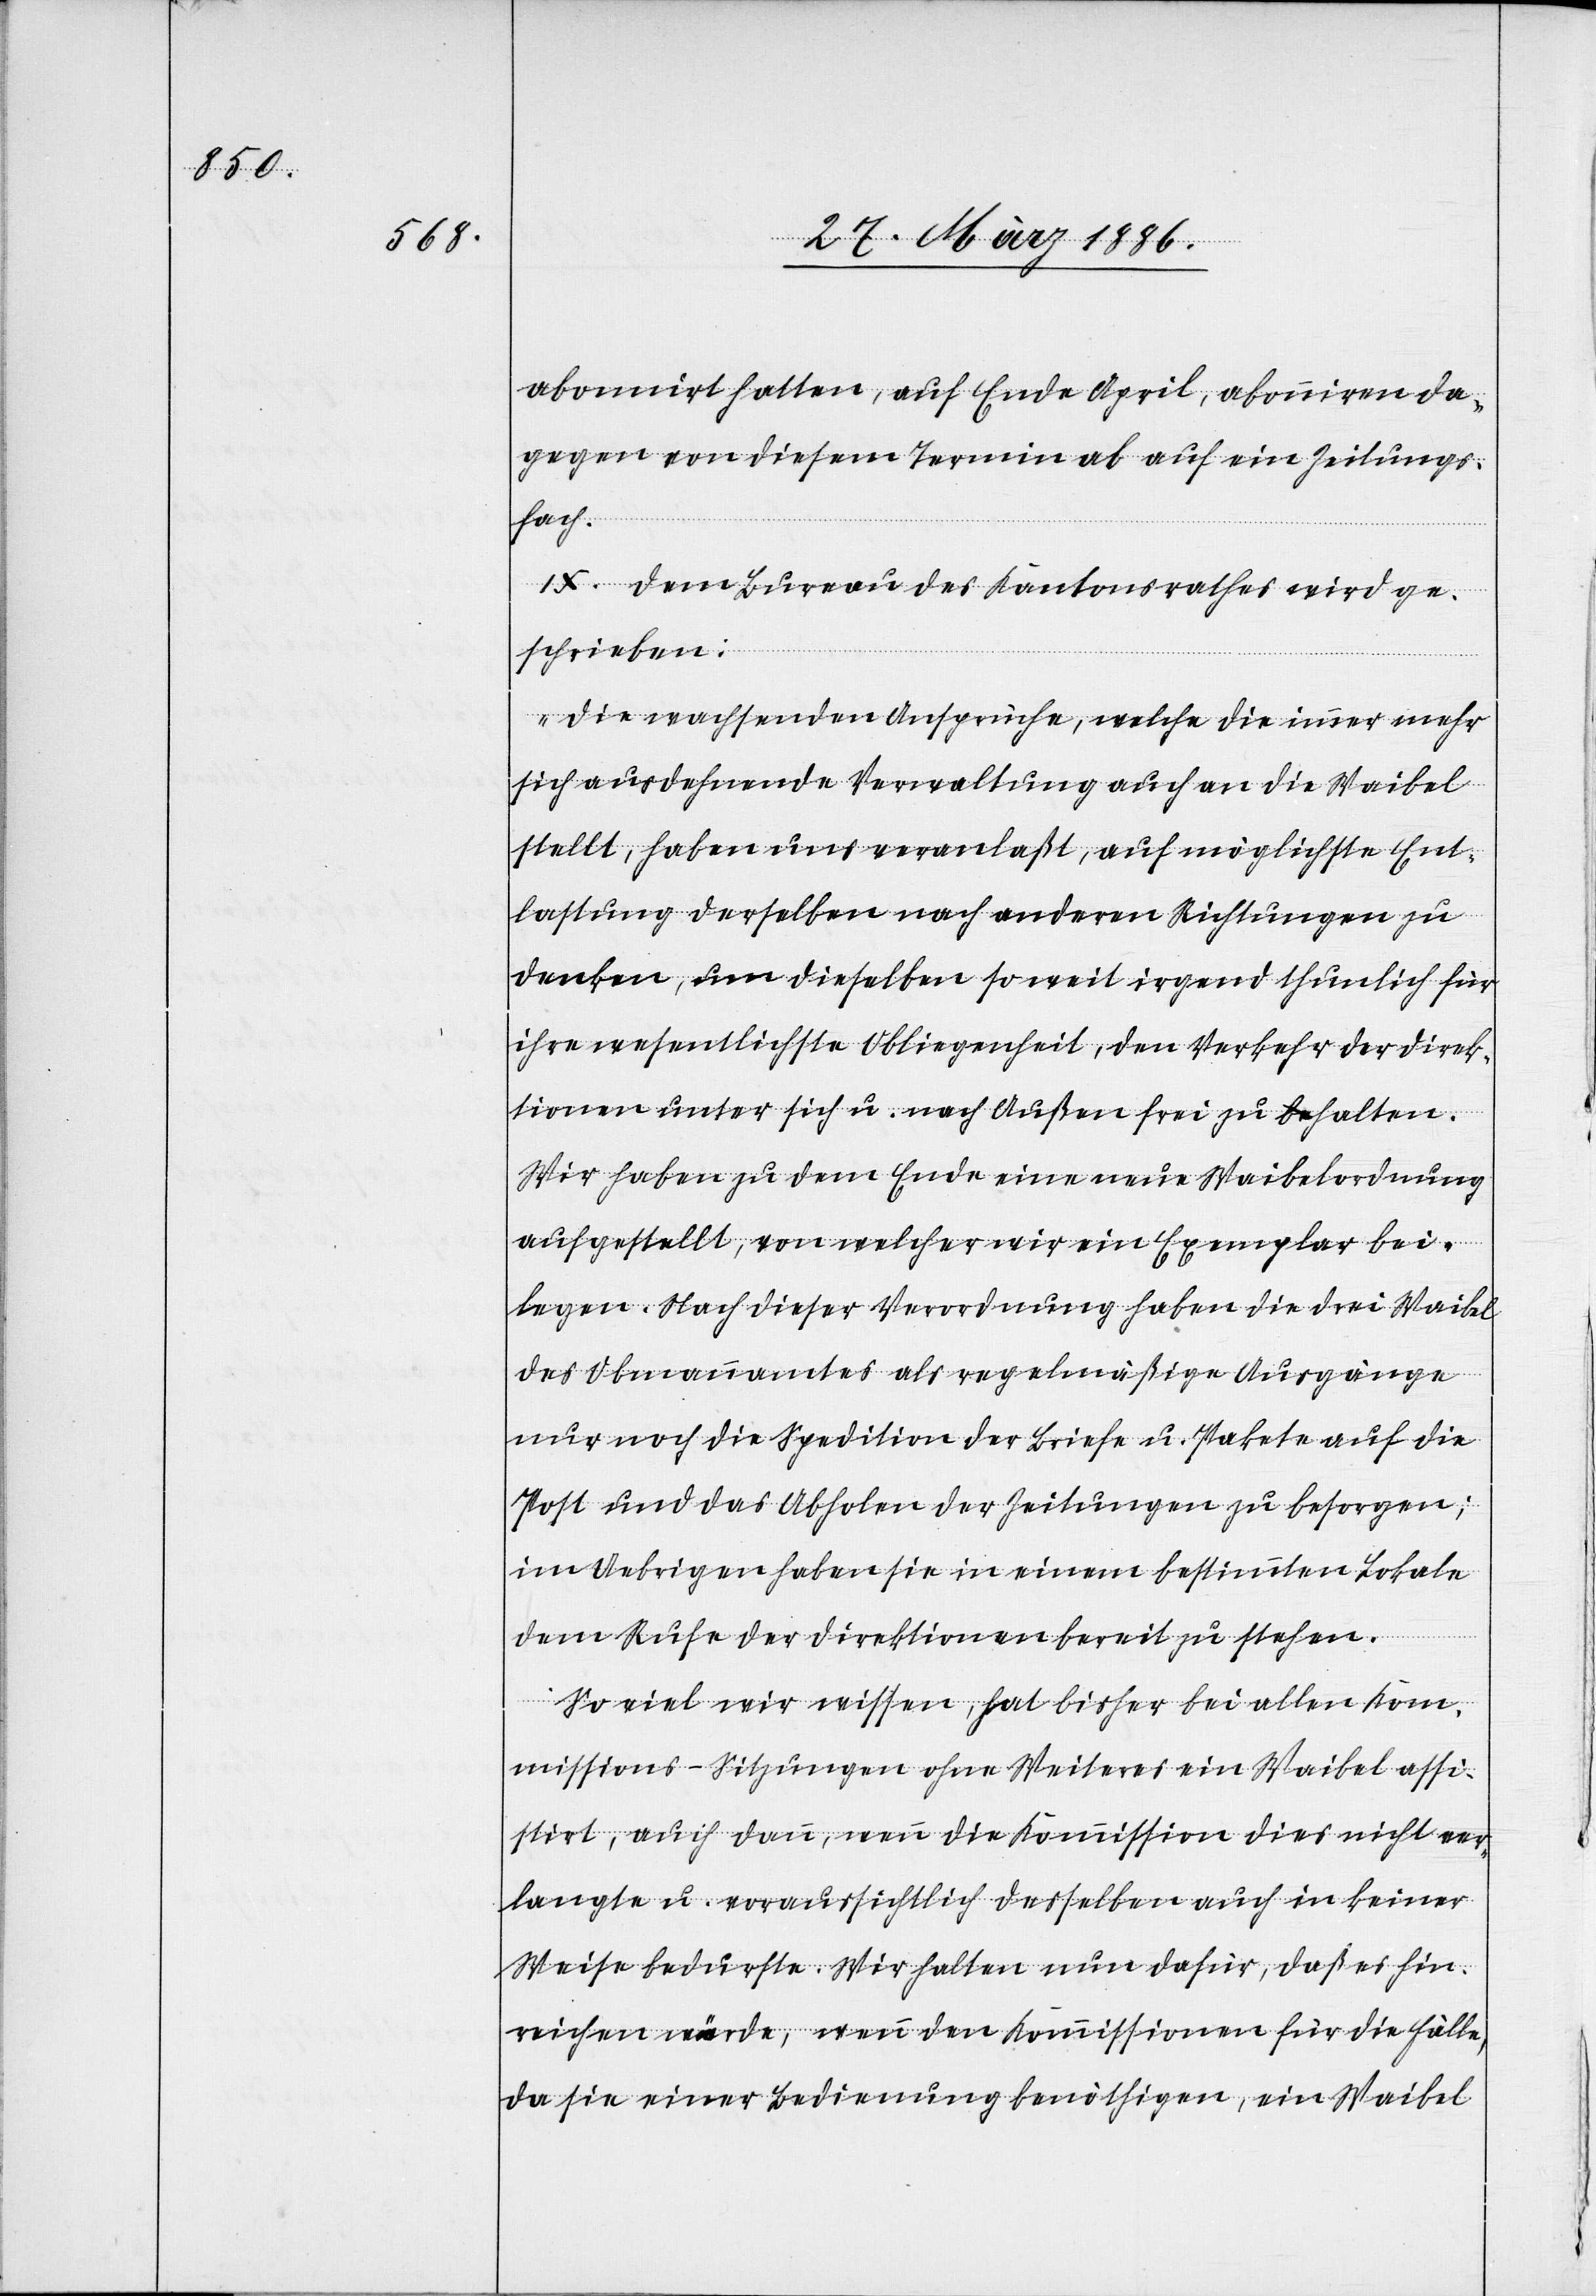
abonnirt hatten, auf Ende April, abonnieren da¬
gegen von diesem Termin ab auf eine Zeitungs¬
fach.
IX. Dem Bureau des Kantonsrathes wird ge¬
schrieben:
„Die wachsenden Ansprüche, welche die immer mehr
sich ausdehnende Verwaltung auch an die Waibel
stellt, haben uns veranlaßt, auf möglichste Ent¬
lastung derselben nach anderen Richtungen zu
denken, um dieselben so weit irgend thunlich für
ihre wesentlichste Obliegenheit, den Verkehr der Direk¬
tionen unter sich u. nach Außen frei zu halten.
Wir haben zu dem Ende eine neue Waibelordnung
aufgestellt, von welcher wir ein Exemplar bei¬
legen. Nach dieser Verordnung haben die drei Waibel
des Obmannamtes als regelmäßige Ausgänge
nur noch die Spedition der Briefe u. Pakete auf die
Post und das Abholen der Zeitungen zu besorgen;
im Uebrigen haben sie in einem bestimmten Lokale
dem Rufe der Direktionen bereit zu stehen.
Soviel wir wissen, hat bisher bei allen Kom¬
missions-Sitzungen ohne Weiteres ein Waibel asse¬
stirt, auch dann, wenn die Kommission dies nicht ver¬
langte u. voraussichtlich desselben auch in keiner
Weise bedurfte. Wir halten nun dafür, daß es hin¬
reichen würde, wenn den Kommissionen für die Fälle,
da sie einer Bedienung benöthigen, ein Waibel